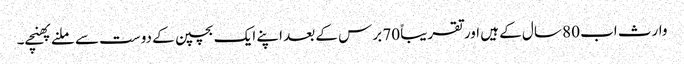
وارث اب 80 سال کے ہیں اور تقریباً 70 برس کے بعد اپنے ایک بچپن کے دوست سے ملنے پھنچے۔